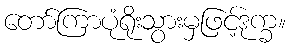
တော်ကြာပုံရိုးသွားမှဖြင့်ဒုက္ခ။